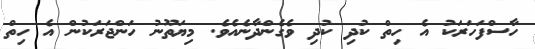
ހާސްފަހަރަކު އެ ހިތް ކުދި ކުދި ވެގެންދާނެއެވެ. މިޔަތޫނު ހަންޖަރަކުން އެ ހިތް